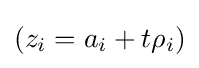
(z_{i}=a_{i}+t\rho _{i})